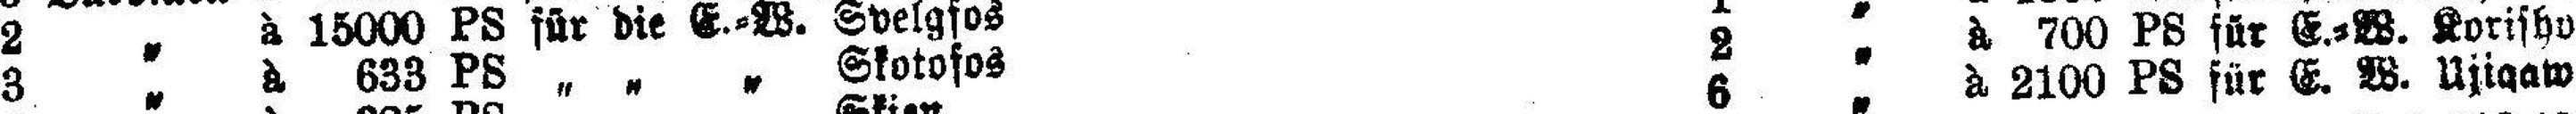
3 „ à 633 PS „ „ „ Skotofos 2 „ à 700 PS für E.=W. Korisho